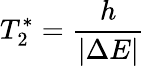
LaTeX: T_{2}^{*}=\frac{h}{|\Delta E|}